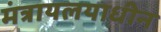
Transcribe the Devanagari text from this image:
मंत्रायलयाधीन